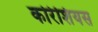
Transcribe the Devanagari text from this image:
कोरेशियस